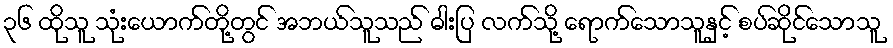
၃၆ ထိုသူ သုံးယောက်တို့တွင် အဘယ်သူသည် ဓါးပြ လက်သို့ ရောက်သောသူနှင့် စပ်ဆိုင်သောသူ